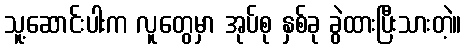
သူ့ဆောင်းပါးက လူတွေမှာ အုပ်စု နှစ်ခု ခွဲထားပြီးသားတဲ့။